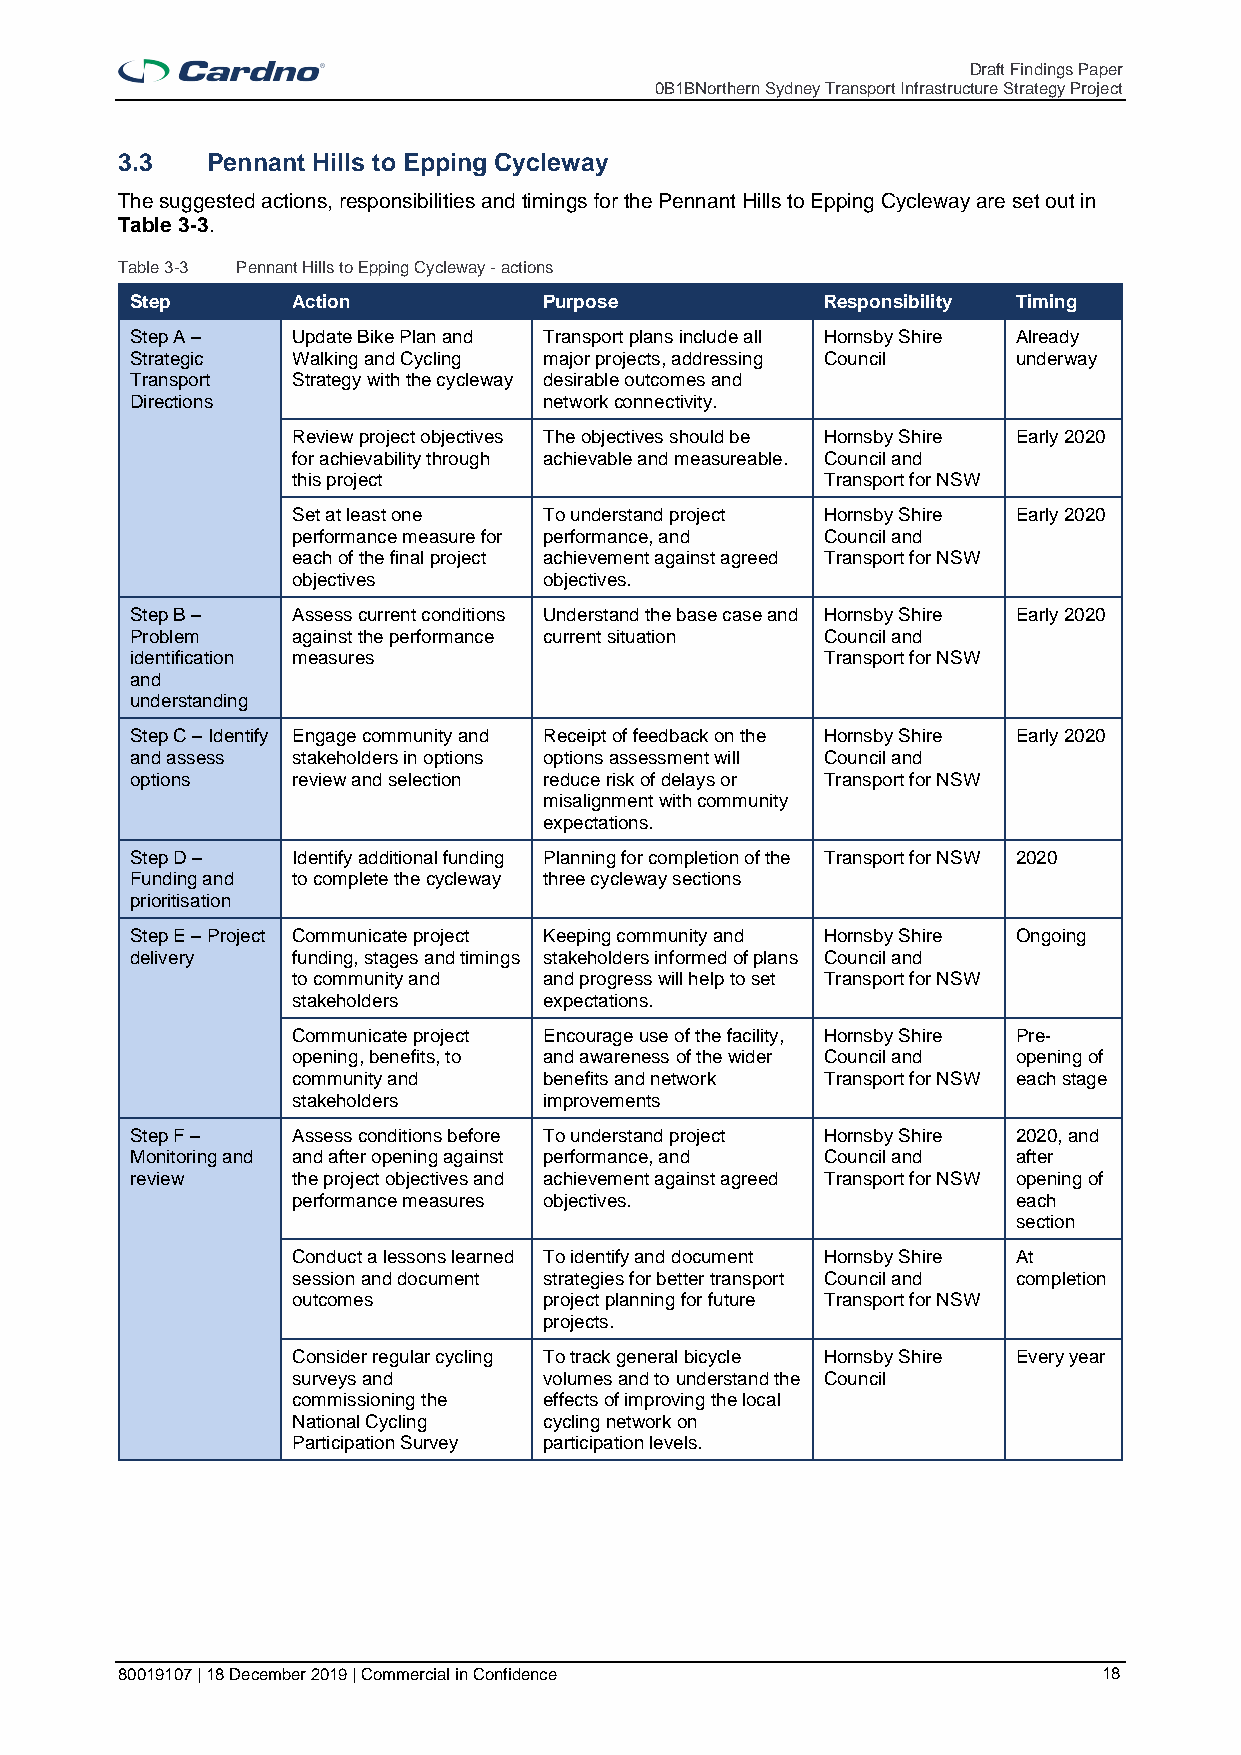
Draft Findings Paper
 0B1BNorthern Sydney Transport Infrastructure Strategy Project
 3.3   Pennant Hills to Epping Cycleway
 The suggested actions, responsibilities and timings for the Pennant Hills to Epping Cycleway are set out in
 Table 3-3.
 Table 3-3 Pennant Hills to Epping Cycleway - actions
 Step      Action           Purpose            Responsibility Timing
 Step A –  Update Bike Plan and Transport plans include all Hornsby Shire Already
 Strategic Walking and Cycling major projects, addressing Council underway
 Transport Strategy with the cycleway desirable outcomes and
 Directions                 network connectivity.
 Review project objectives The objectives should be Hornsby Shire Early 2020
 for achievability through achievable and measureable. Council and
 this project                        Transport for NSW
 Set at least one To understand project Hornsby Shire Early 2020
 performance measure for performance, and Council and
 each of the final project achievement against agreed Transport for NSW
 objectives       objectives.
 Step B –  Assess current conditions Understand the base case and Hornsby Shire Early 2020
 Problem   against the performance current situation Council and
 identification measures                       Transport for NSW
 and
 understanding
 Step C – Identify Engage community and Receipt of feedback on the Hornsby Shire Early 2020
 and assess stakeholders in options options assessment will Council and
 options   review and selection reduce risk of delays or Transport for NSW
 misalignment with community
 expectations.
 Step D –  Identify additional funding Planning for completion of the Transport for NSW 2020
 Funding and to complete the cycleway three cycleway sections
 prioritisation
 Step E – Project Communicate project Keeping community and Hornsby Shire Ongoing
 delivery  funding, stages and timings stakeholders informed of plans Council and
 to community and and progress will help to set Transport for NSW
 stakeholders     expectations.
 Communicate project Encourage use of the facility, Hornsby Shire Pre-
 opening, benefits, to and awareness of the wider Council and opening of
 community and    benefits and network Transport for NSW each stage
 stakeholders     improvements
 Step F –  Assess conditions before To understand project Hornsby Shire 2020, and
 Monitoring and and after opening against performance, and Council and after
 review    the project objectives and achievement against agreed Transport for NSW opening of
 performance measures objectives.                each
 section
 Conduct a lessons learned To identify and document Hornsby Shire At
 session and document strategies for better transport Council and completion
 outcomes         project planning for future Transport for NSW
 projects.
 Consider regular cycling To track general bicycle Hornsby Shire Every year
 surveys and      volumes and to understand the Council
 commissioning the effects of improving the local
 National Cycling cycling network on
 Participation Survey participation levels.
 80019107 | 18 December 2019 | Commercial in Confidence           18